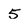
Character: 5